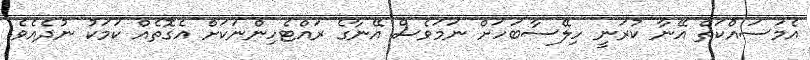
އެމަސައްކަތް އޭނާ ކުރަނީ ހިލޭސާބަހަށް ނަމަވެސް އޭނާގެ ރައްޓެހިންނަކަށް އެގޮތެއް ކަމަކު ނުދެއެވެ.